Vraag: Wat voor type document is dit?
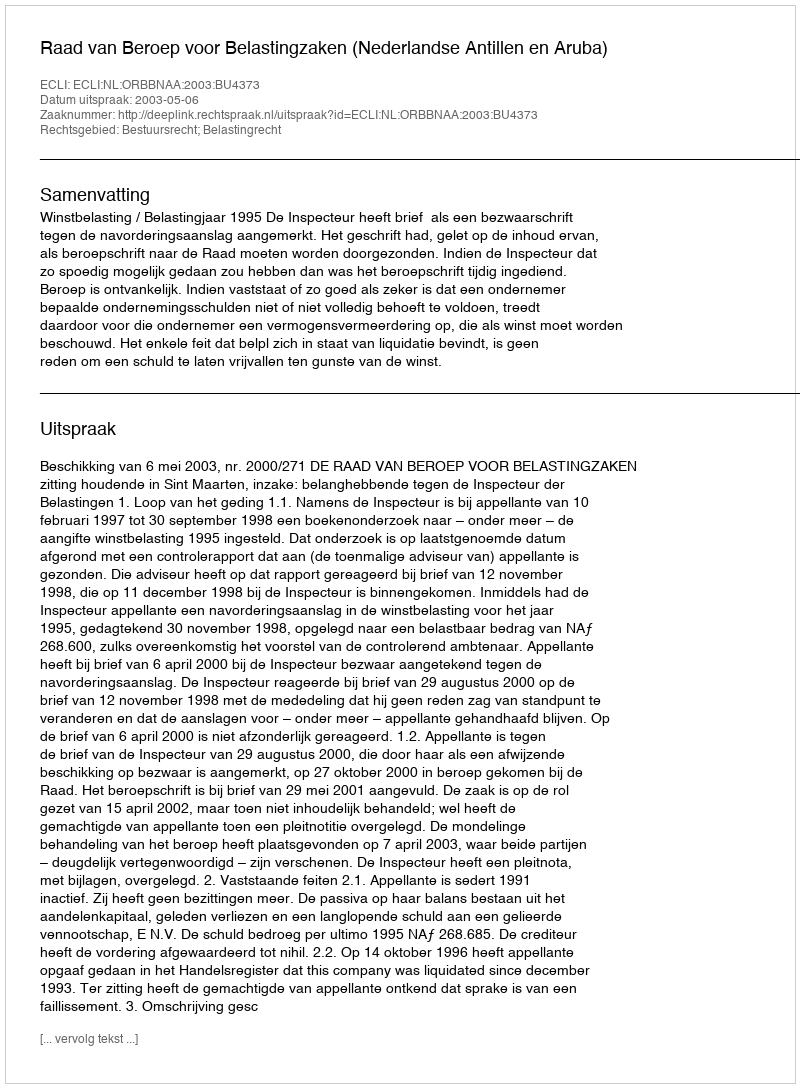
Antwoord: Uitspraak